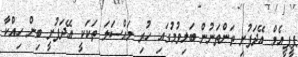
ޕީޕީއެމް އޭދަފުށި ތަންތަނުން ބަލިވުމުގައި ހުރި މައްސަލަ ތަކަކީ އޭދަފުށީ ބިން ހިއްކާ